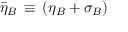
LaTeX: { \bar { \eta } } _ { B } \, \equiv \, ( \eta _ { B } + \sigma _ { B } )